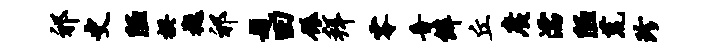
祁史陋揆樾祁题田碾拜零音僻丘广濡陋荒珍